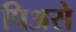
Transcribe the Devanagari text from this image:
पिअसे